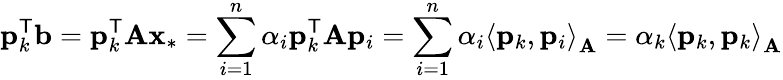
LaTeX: \mathbf{p}_{k}^{\mathsf{T}}\mathbf{b}=\mathbf{p}_{k}^{\mathsf{T}}\mathbf{A}\mathbf{x}_{*}=\sum_{i=1}^{n}\alpha_{i}\mathbf{p}_{k}^{\mathsf{T}}\mathbf{A}\mathbf{p}_{i}=\sum_{i=1}^{n}\alpha_{i}\left\langle\mathbf{p}_{k},\mathbf{p}_{i}\right\rangle_{\mathbf{A}}=\alpha_{k}\left\langle\mathbf{p}_{k},\mathbf{p}_{k}\right\rangle_{\mathbf{A}}